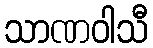
သာဏဝါသီ